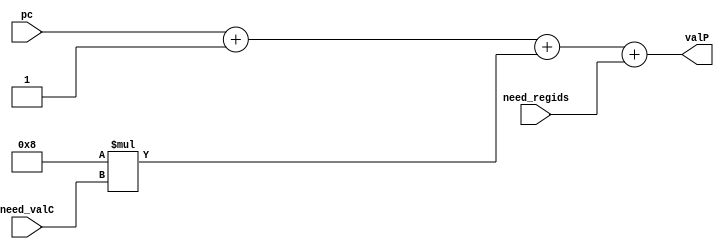
// PC incrementer depends on whether we have set bit in need_regids and need_valC so that we increment the value of PC by the appropriate value to fetch the next instruction
module PC_increment(input [63:0] pc, input  need_regids, input need_valC,output [63:0] valP);
    assign valP = pc + 1 + 8*need_valC + need_regids;
endmodule